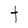
Character: t